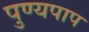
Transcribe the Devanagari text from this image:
पुण्यपाप